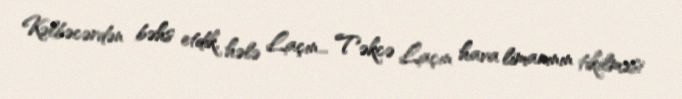
Kəlbəcərdən bəhs etdik, hələ Laçın... Təkcə Laçın hava limanının tikilməsi